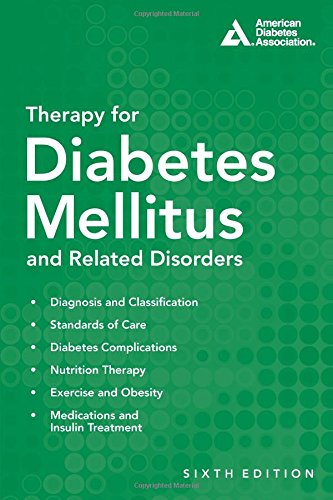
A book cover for Therapy for Diabetes Mellitus and Related Disorders; Health, Fitness & Dieting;